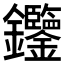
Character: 𨰹